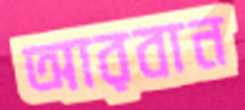
আরবান